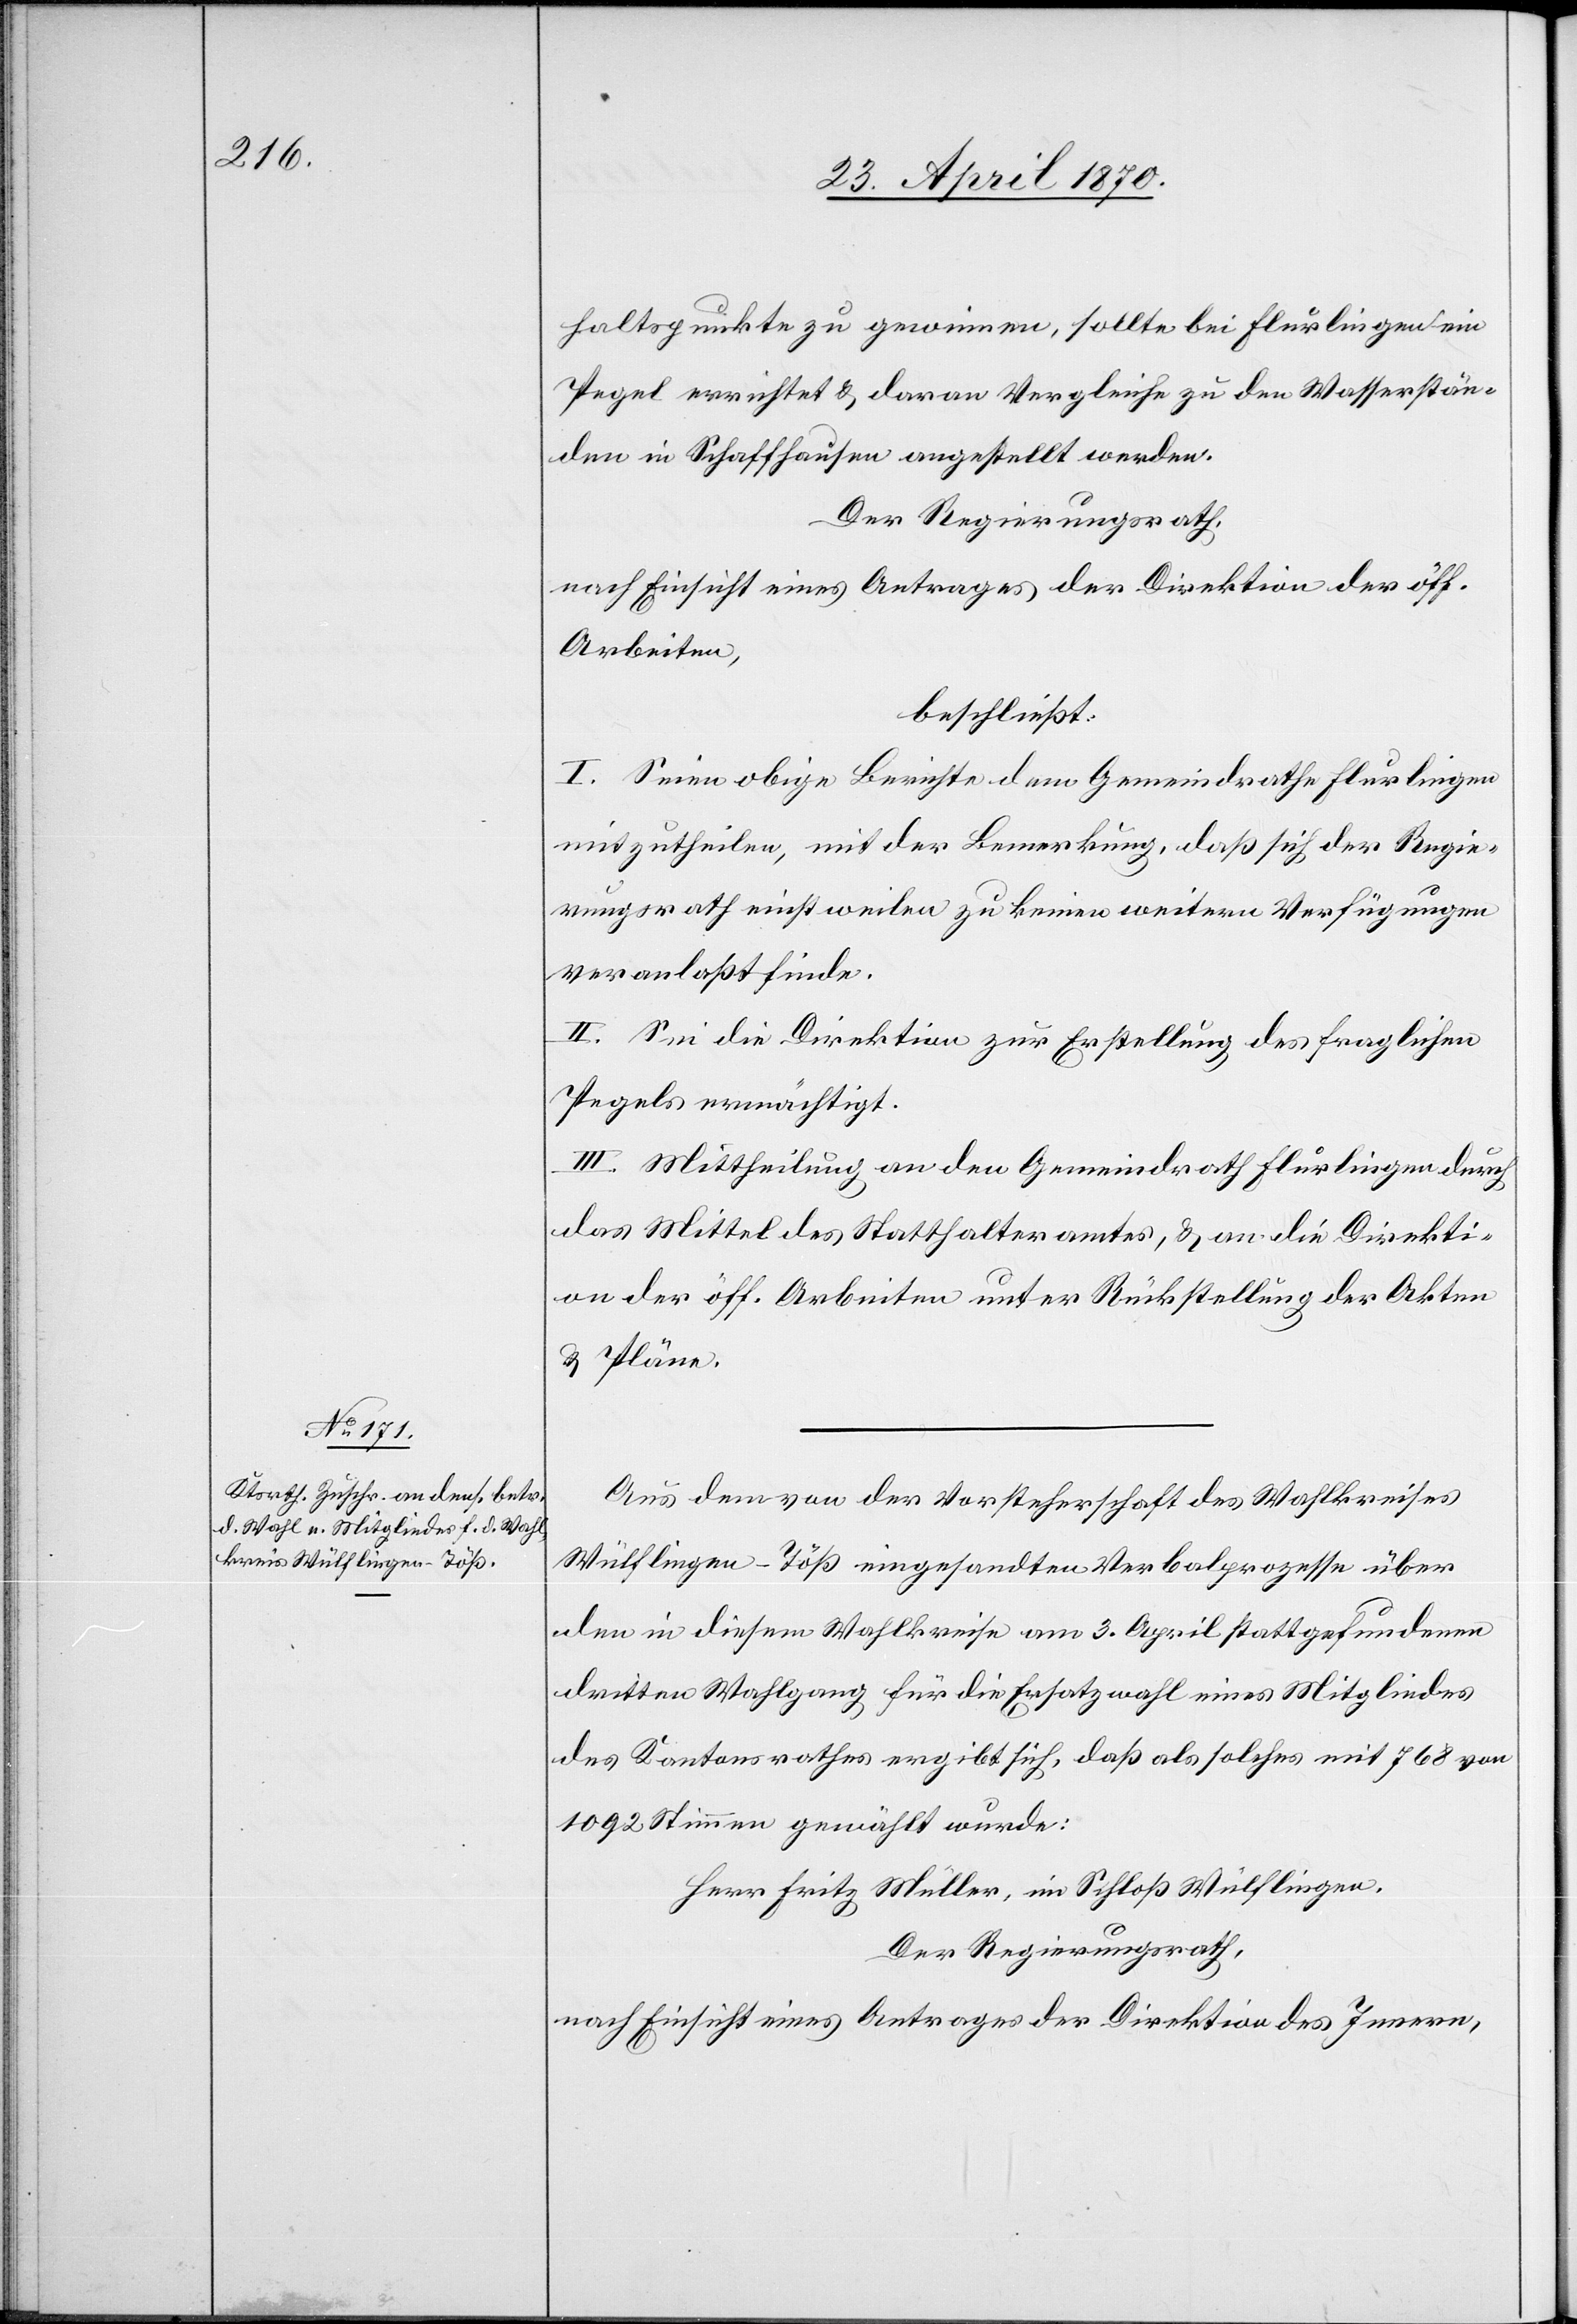
haltspunkte zu gewinnen, sollte bei Flurlingen ein
Pegel errichtet & daran Vergleiche zu den Wasserstän¬
den in Schaffhausen angestellt werden.
Der Regierungsrath,
nach Einsicht eines Antrages der Direktion der öff.
Arbeiten,
beschließt:
I. Seien obige Berichte dem Gemeindrathe Flurlingen
mitzutheilen, mit der Bemerkung, daß sich der Regie¬
rungsrath einstweilen zu keinen weitern Verfügungen
veranlaßt finde.
II. Sei die Direktion zur Erstellung des fraglichen
Pegels ermächtigt.
III. Mittheilung an den Gemeindrath Flurlingen durch
das Mittel des Statthalteramtes, & an die Direkti¬
on der öff. Arbeiten unter Rückstellung der Akten
& Pläne.
Aus dem von der Vorsteherschaft des Wahlkreises
Wülflingen-Töß eingesandten Verbalprozesse über
den in diesem Wahlkreise am 3. April stattgefundenen
dritten Wahlgang für die Ersatzwahl eines Mitgliedes
des Kantonsrathes ergibt sich, daß als solches mit 768 von
1092 Stimmen gewählt wurde:
Herr Fritz Müller, im Schloß Wülflingen.
Der Regierungsrath,
nach Einsicht eines Antrages der Direktion des Innern,